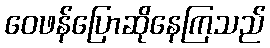
ဝေဖန်ပြောဆိုနေကြသည်